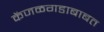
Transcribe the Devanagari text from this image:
केंजळगडाबाबत